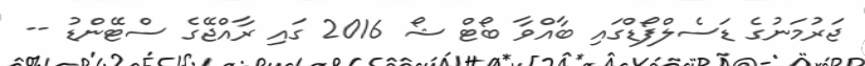
ޖަރުމަނުގެ ޑަސެލްފޯޑްގައި ބާއްވާ ބޯޓް ޝޯ 2016 ގައި ރާއްޖޭގެ ސްޓޭންޑު --